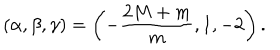
( \alpha , \beta , \gamma ) = \left( - \frac { 2 M + m } { m } , 1 , - 2 \right) .